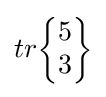
tr{\begin{Bmatrix}5\\3\end{Bmatrix}}